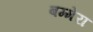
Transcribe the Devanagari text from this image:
बम्मेरा